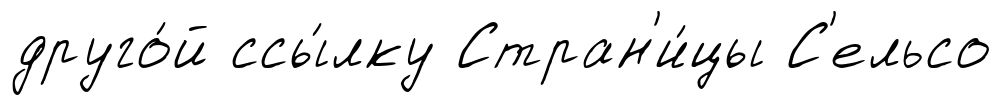
друго́й ссы́лку Стран'и́цы С'ельсо